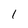
Character: 1